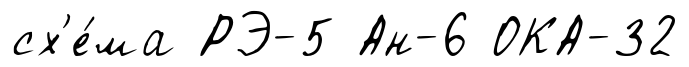
сх'е́ма РЭ-5 Ан-6 ОКА-32